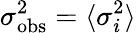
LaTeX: \sigma_{\mathrm{obs}}^{2}=\langle\sigma_{i}^{2}\rangle